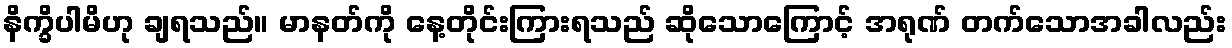
နိက္ခိပါမိဟု ချရသည်။ မာနတ်ကို နေ့တိုင်းကြားရသည် ဆိုသောကြောင့် အရုဏ် တက်သောအခါလည်း